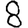
Digit: 8